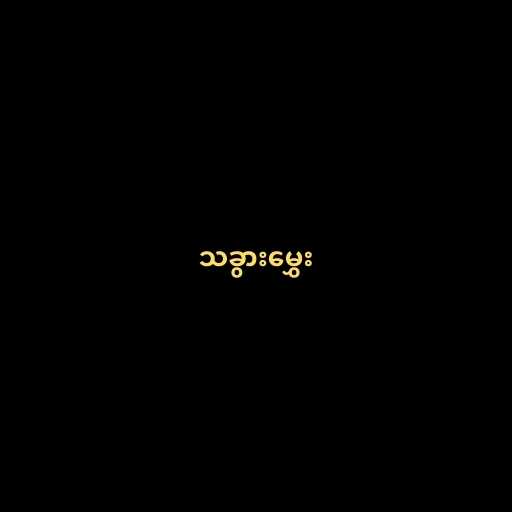
သခွားမွှေး